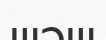
шәш